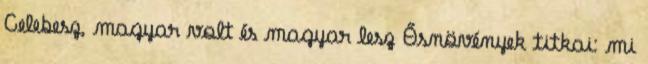
Celebesz, magyar volt és magyar lesz Ősnövények titkai: mi